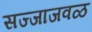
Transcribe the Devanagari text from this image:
सज्जाजवळ